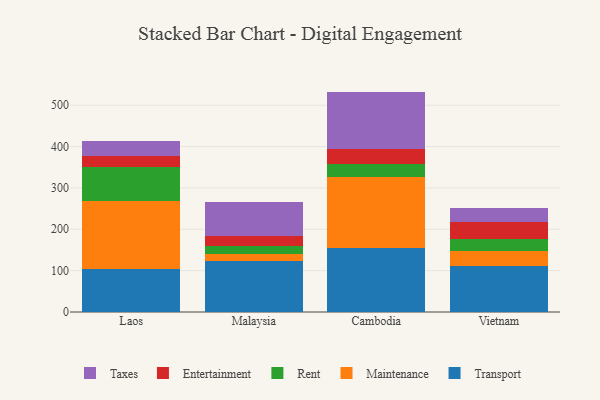
{"axis": {"x": "Country", "y": "Churn Rate (%)"}, "legend": ["Entertainment", "Maintenance", "Rent", "Taxes", "Transport"], "data": [{"x": "Laos", "y": 103.7, "type": "Transport"}, {"x": "Laos", "y": 165.0, "type": "Maintenance"}, {"x": "Laos", "y": 82.6, "type": "Rent"}, {"x": "Laos", "y": 26.4, "type": "Entertainment"}, {"x": "Laos", "y": 35.1, "type": "Taxes"}, {"x": "Malaysia", "y": 123.9, "type": "Transport"}, {"x": "Malaysia", "y": 15.5, "type": "Maintenance"}, {"x": "Malaysia", "y": 20.8, "type": "Rent"}, {"x": "Malaysia", "y": 24.6, "type": "Entertainment"}, {"x": "Malaysia", "y": 80.0, "type": "Taxes"}, {"x": "Cambodia", "y": 154.5, "type": "Transport"}, {"x": "Cambodia", "y": 172.7, "type": "Maintenance"}, {"x": "Cambodia", "y": 31.7, "type": "Rent"}, {"x": "Cambodia", "y": 35.9, "type": "Entertainment"}, {"x": "Cambodia", "y": 138.1, "type": "Taxes"}, {"x": "Vietnam", "y": 112.4, "type": "Transport"}, {"x": "Vietnam", "y": 34.6, "type": "Maintenance"}, {"x": "Vietnam", "y": 29.0, "type": "Rent"}, {"x": "Vietnam", "y": 42.3, "type": "Entertainment"}, {"x": "Vietnam", "y": 32.7, "type": "Taxes"}]}